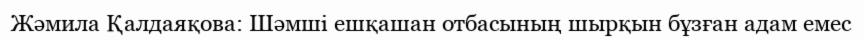
Жәмила Қалдаяқова: Шәмші ешқашан отбасының шырқын бұзған адам емес